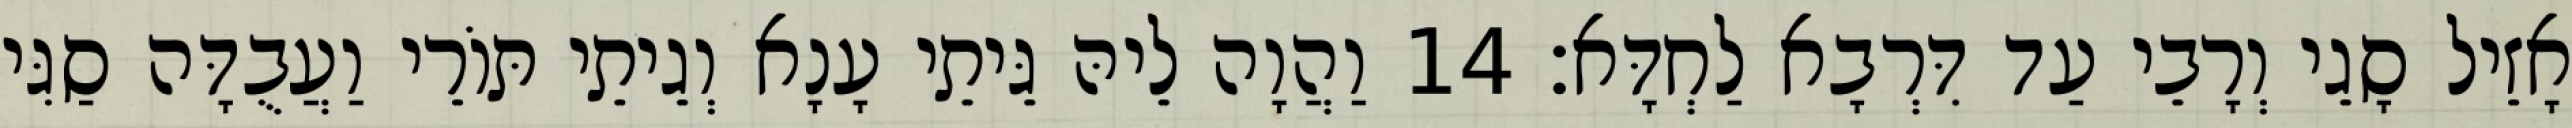
אָזֵיל סָגֵי וְרָבֵי עַד דִּרְבָא לַחְדָּא׃ 14 וַהֲוָה לֵיהּ גֵּיתֵי עָנָא וְגֵיתֵי תּוֹרֵי וַעֲבֻדָּה סַגִּי